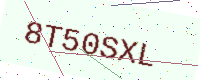
Text: 8T50SXL